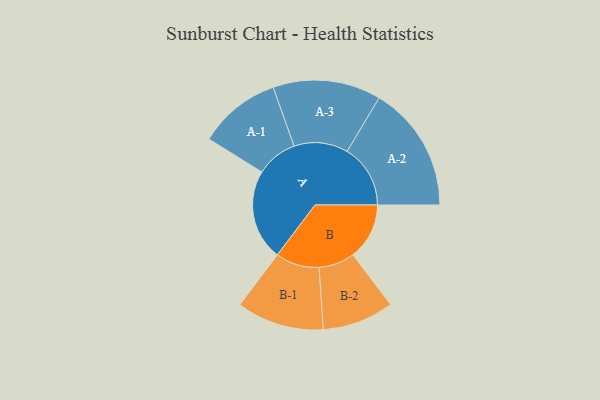
{"axis": {"x": "Segment", "y": "Value"}, "legend": ["", "A", "B"], "data": [{"x": "A", "y": 413, "type": ""}, {"x": "B", "y": 257, "type": ""}, {"x": "A-1", "y": 188, "type": "A"}, {"x": "A-2", "y": 288, "type": "A"}, {"x": "A-3", "y": 246, "type": "A"}, {"x": "B-1", "y": 199, "type": "B"}, {"x": "B-2", "y": 163, "type": "B"}]}